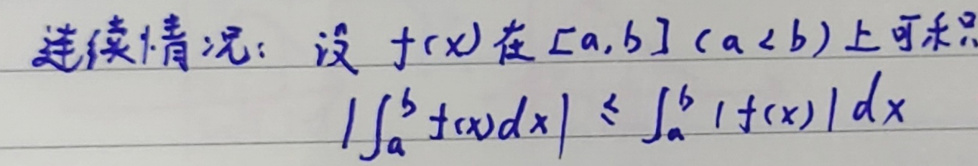
连续情况：设\(f(x)\)在\([a,b](a<b)\)上可积

\(\left|\int_{a}^{b} f(x)dx\right| \leq \int_{a}^{b} |f(x)|dx\)